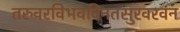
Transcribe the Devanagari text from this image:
तरुवरविभवविनतसुरवरवन